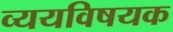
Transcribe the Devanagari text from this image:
व्ययविषयक